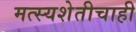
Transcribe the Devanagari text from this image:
मत्स्यशेतीचाही